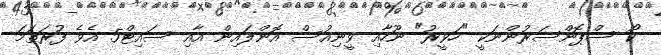
ކޯ ސްޕޮންސަރުންނަކީ "ހަވީރު" ނޫހާއި ވީނިއުސް އޮންލައިން އާއި ސައިޓް5 އެވެ ފުރަތަމަ